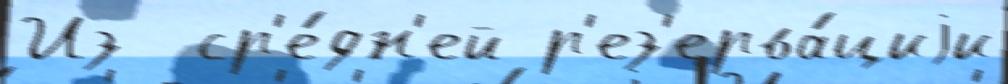
Из  ср'е́дн'ей р'ез'ерва́циjи